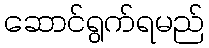
ဆောင်ရွက်ရမည်